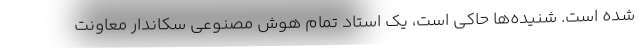
شده است. شنیده‌ها حاکی است، یک استاد تمام هوش مصنوعی سکاندار معاونت